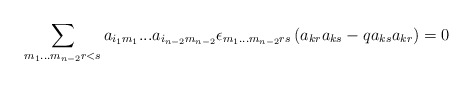
\begin{align*}\sum\limits_{m_1 ... m_{n-2} r<s}a_{i_1m_1} ...a_{i_{n-2}m_{n-2}} \epsilon_{m_1 ... m_{n-2} rs}\left(a_{kr}a_{ks}-qa_{ks}a_{kr}\right)=0\end{align*}